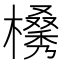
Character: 𣜗